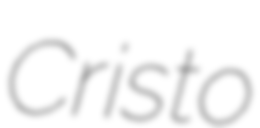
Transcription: Cristo